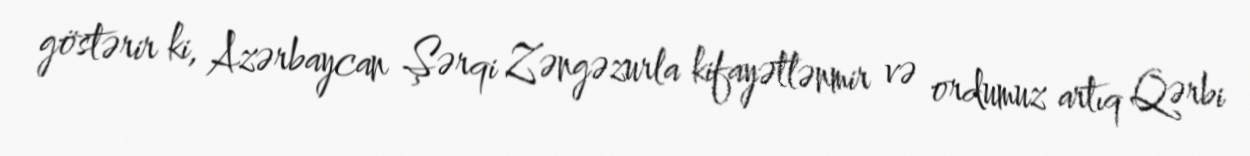
göstərir ki, Azərbaycan Şərqi Zəngəzurla kifayətlənmir və ordumuz artıq Qərbi